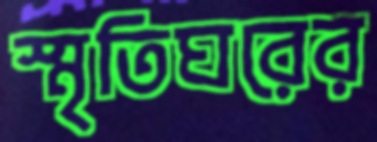
স্মৃতিঘরের